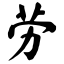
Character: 劳